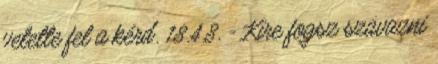
vetette fel a kérd. 18.4.8. - Kire fogsz szavazni